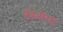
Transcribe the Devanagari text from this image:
एहसाह